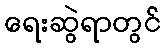
ရေးဆွဲရာတွင်